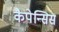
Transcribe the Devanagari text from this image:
कैपेन्सिस